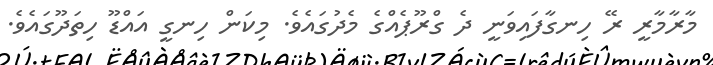
މާރާމާރީ ރޭ ހިނގާފައިިވަނީ ދެ ގްރޫޕެއްގެ މެދުގައެވެ. މިކަން ހިނގީ އައްޑޫ ހިތަދޫގައެވެ.